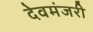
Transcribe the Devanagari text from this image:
देवमंजरी